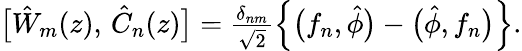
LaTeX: \begin{array}{r}{\bigl[\hat{W}_{m}(z),\, \hat{C}_{n}(z)\bigr]=\frac{\delta_{nm}}{\sqrt{2}}\left\{ \bigl(f_{n},\hat{\phi}\bigr)-\bigl(\hat{\phi},f_{n}\bigr)\right\} .}\end{array}